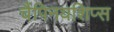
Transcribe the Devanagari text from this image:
चैंपिनयशिप्स